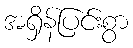
အရှိန်ပြင်းစွာ